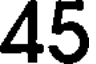
45